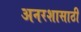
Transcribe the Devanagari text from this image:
अनरशासाठी